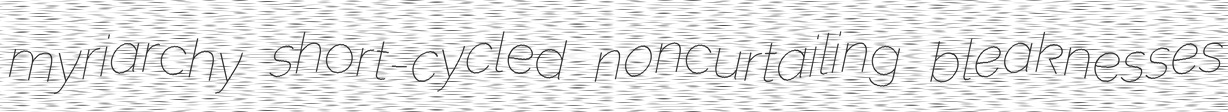
myriarchy short-cycled noncurtailing bleaknesses